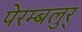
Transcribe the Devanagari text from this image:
पेरम्बलुर्